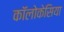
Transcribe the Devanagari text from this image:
कॉलोकेसिया